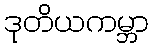
ဒုတိယကမ္ဘာ